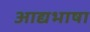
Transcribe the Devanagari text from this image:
आद्यभाषा